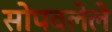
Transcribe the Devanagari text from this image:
सोपवलेले